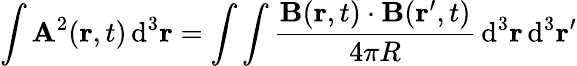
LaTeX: \int\mathbf{A}^{2}(\mathbf{r},t)\operatorname{d}\! ^{3}\mathbf{r}=\int\int{\frac{\mathbf{B}(\mathbf{r},t)\cdot\mathbf{B}(\mathbf{r}^{\prime},t)}{4\pi R}}\operatorname{d}\! ^{3}\mathbf{r}\operatorname{d}\! ^{3}\mathbf{r}^{\prime}